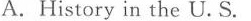
A. History in the U.S.